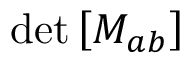
\operatorname* { d e t } \left[ M _ { a b } \right]